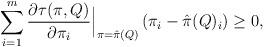
LaTeX: \begin{align*}\sum_{i=1}^{m} \frac{\partial \tau(\pi,Q) }{\partial \pi_{i}} \Big|_{\pi = \hat{\pi}(Q)} \left(\pi_{i} - \hat{\pi}(Q)_{i} \right) \geq 0,\end{align*}